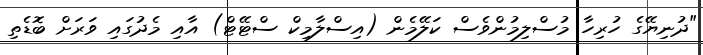
"ދުނިޔޭގެ ހުރިހާ މުސްލިމުންވެސް ކަލޭމެން (އިސްލާމިކް ސްޓޭޓް) އާއި މެދުގައި ވަރަށް ބޮޑެތި